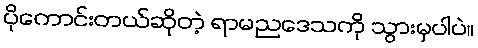
ပိုကောင်းတယ်ဆိုတဲ့ ရာမညဒေသကို သွားမှပါပဲ။